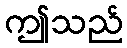
ဤသည်